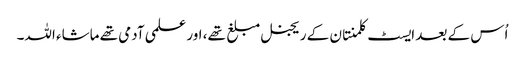
اُس کے بعد ایسٹ کلمنتان کے ریجنل مبلغ تھے، اور علمی آدمی تھے ماشاء اللہ۔